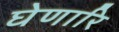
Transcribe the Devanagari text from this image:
घेणारि